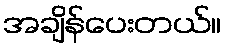
အချိန်ပေးတယ်။